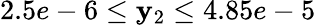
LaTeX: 2.5e-6\leq\mathbf{y}_{2}\leq4.85e-5